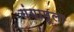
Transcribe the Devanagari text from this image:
गंगामूला